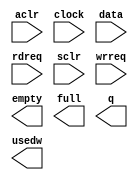
// This program was cloned from: https://github.com/cxdzyq1110/posture_recognition_CNN
// License: GNU General Public License v3.0

// megafunction wizard: %FIFO%VBB%
// GENERATION: STANDARD
// VERSION: WM1.0
// MODULE: scfifo 

// ============================================================
// Megafunction Name(s):
// 			scfifo
//
// Simulation Library Files(s):
// 			altera_mf
// ============================================================
// ************************************************************
// THIS IS A WIZARD-GENERATED FILE. DO NOT EDIT THIS FILE!
//
// 14.0.0 Build 200 06/17/2014 SJ Full Version
// ************************************************************

//Copyright (C) 1991-2014 Altera Corporation. All rights reserved.
//Your use of Altera Corporation's design tools, logic functions 
//and other software and tools, and its AMPP partner logic 
//functions, and any output files from any of the foregoing 
//(including device programming or simulation files), and any 
//associated documentation or information are expressly subject 
//to the terms and conditions of the Altera Program License 
//Subscription Agreement, the Altera Quartus II License Agreement,
//the Altera MegaCore Function License Agreement, or other 
//applicable license agreement, including, without limitation, 
//that your use is for the sole purpose of programming logic 
//devices manufactured by Altera and sold by Altera or its 
//authorized distributors.  Please refer to the applicable 
//agreement for further details.

module alt_fifo_16b_2048w (
	aclr,
	clock,
	data,
	rdreq,
	sclr,
	wrreq,
	empty,
	full,
	q,
	usedw);

	input	  aclr;
	input	  clock;
	input	[15:0]  data;
	input	  rdreq;
	input	  sclr;
	input	  wrreq;
	output	  empty;
	output	  full;
	output	[15:0]  q;
	output	[10:0]  usedw;

endmodule

// ============================================================
// CNX file retrieval info
// ============================================================
// Retrieval info: PRIVATE: AlmostEmpty NUMERIC "0"
// Retrieval info: PRIVATE: AlmostEmptyThr NUMERIC "-1"
// Retrieval info: PRIVATE: AlmostFull NUMERIC "0"
// Retrieval info: PRIVATE: AlmostFullThr NUMERIC "-1"
// Retrieval info: PRIVATE: CLOCKS_ARE_SYNCHRONIZED NUMERIC "0"
// Retrieval info: PRIVATE: Clock NUMERIC "0"
// Retrieval info: PRIVATE: Depth NUMERIC "2048"
// Retrieval info: PRIVATE: Empty NUMERIC "1"
// Retrieval info: PRIVATE: Full NUMERIC "1"
// Retrieval info: PRIVATE: INTENDED_DEVICE_FAMILY STRING "Cyclone V"
// Retrieval info: PRIVATE: LE_BasedFIFO NUMERIC "0"
// Retrieval info: PRIVATE: LegacyRREQ NUMERIC "0"
// Retrieval info: PRIVATE: MAX_DEPTH_BY_9 NUMERIC "0"
// Retrieval info: PRIVATE: OVERFLOW_CHECKING NUMERIC "0"
// Retrieval info: PRIVATE: Optimize NUMERIC "0"
// Retrieval info: PRIVATE: RAM_BLOCK_TYPE NUMERIC "0"
// Retrieval info: PRIVATE: SYNTH_WRAPPER_GEN_POSTFIX STRING "0"
// Retrieval info: PRIVATE: UNDERFLOW_CHECKING NUMERIC "0"
// Retrieval info: PRIVATE: UsedW NUMERIC "1"
// Retrieval info: PRIVATE: Width NUMERIC "16"
// Retrieval info: PRIVATE: dc_aclr NUMERIC "0"
// Retrieval info: PRIVATE: diff_widths NUMERIC "0"
// Retrieval info: PRIVATE: msb_usedw NUMERIC "0"
// Retrieval info: PRIVATE: output_width NUMERIC "16"
// Retrieval info: PRIVATE: rsEmpty NUMERIC "1"
// Retrieval info: PRIVATE: rsFull NUMERIC "0"
// Retrieval info: PRIVATE: rsUsedW NUMERIC "0"
// Retrieval info: PRIVATE: sc_aclr NUMERIC "1"
// Retrieval info: PRIVATE: sc_sclr NUMERIC "1"
// Retrieval info: PRIVATE: wsEmpty NUMERIC "0"
// Retrieval info: PRIVATE: wsFull NUMERIC "1"
// Retrieval info: PRIVATE: wsUsedW NUMERIC "0"
// Retrieval info: LIBRARY: altera_mf altera_mf.altera_mf_components.all
// Retrieval info: CONSTANT: ADD_RAM_OUTPUT_REGISTER STRING "OFF"
// Retrieval info: CONSTANT: INTENDED_DEVICE_FAMILY STRING "Cyclone V"
// Retrieval info: CONSTANT: LPM_NUMWORDS NUMERIC "2048"
// Retrieval info: CONSTANT: LPM_SHOWAHEAD STRING "ON"
// Retrieval info: CONSTANT: LPM_TYPE STRING "scfifo"
// Retrieval info: CONSTANT: LPM_WIDTH NUMERIC "16"
// Retrieval info: CONSTANT: LPM_WIDTHU NUMERIC "11"
// Retrieval info: CONSTANT: OVERFLOW_CHECKING STRING "ON"
// Retrieval info: CONSTANT: UNDERFLOW_CHECKING STRING "ON"
// Retrieval info: CONSTANT: USE_EAB STRING "ON"
// Retrieval info: USED_PORT: aclr 0 0 0 0 INPUT NODEFVAL "aclr"
// Retrieval info: USED_PORT: clock 0 0 0 0 INPUT NODEFVAL "clock"
// Retrieval info: USED_PORT: data 0 0 16 0 INPUT NODEFVAL "data[15..0]"
// Retrieval info: USED_PORT: empty 0 0 0 0 OUTPUT NODEFVAL "empty"
// Retrieval info: USED_PORT: full 0 0 0 0 OUTPUT NODEFVAL "full"
// Retrieval info: USED_PORT: q 0 0 16 0 OUTPUT NODEFVAL "q[15..0]"
// Retrieval info: USED_PORT: rdreq 0 0 0 0 INPUT NODEFVAL "rdreq"
// Retrieval info: USED_PORT: sclr 0 0 0 0 INPUT NODEFVAL "sclr"
// Retrieval info: USED_PORT: usedw 0 0 11 0 OUTPUT NODEFVAL "usedw[10..0]"
// Retrieval info: USED_PORT: wrreq 0 0 0 0 INPUT NODEFVAL "wrreq"
// Retrieval info: CONNECT: @aclr 0 0 0 0 aclr 0 0 0 0
// Retrieval info: CONNECT: @clock 0 0 0 0 clock 0 0 0 0
// Retrieval info: CONNECT: @data 0 0 16 0 data 0 0 16 0
// Retrieval info: CONNECT: @rdreq 0 0 0 0 rdreq 0 0 0 0
// Retrieval info: CONNECT: @sclr 0 0 0 0 sclr 0 0 0 0
// Retrieval info: CONNECT: @wrreq 0 0 0 0 wrreq 0 0 0 0
// Retrieval info: CONNECT: empty 0 0 0 0 @empty 0 0 0 0
// Retrieval info: CONNECT: full 0 0 0 0 @full 0 0 0 0
// Retrieval info: CONNECT: q 0 0 16 0 @q 0 0 16 0
// Retrieval info: CONNECT: usedw 0 0 11 0 @usedw 0 0 11 0
// Retrieval info: GEN_FILE: TYPE_NORMAL alt_fifo_16b_2048w.v TRUE
// Retrieval info: GEN_FILE: TYPE_NORMAL alt_fifo_16b_2048w.inc FALSE
// Retrieval info: GEN_FILE: TYPE_NORMAL alt_fifo_16b_2048w.cmp FALSE
// Retrieval info: GEN_FILE: TYPE_NORMAL alt_fifo_16b_2048w.bsf FALSE
// Retrieval info: GEN_FILE: TYPE_NORMAL alt_fifo_16b_2048w_inst.v FALSE
// Retrieval info: GEN_FILE: TYPE_NORMAL alt_fifo_16b_2048w_bb.v TRUE
// Retrieval info: LIB_FILE: altera_mf